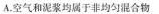
A.空气和泥浆均属于非均匀混合物